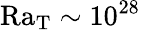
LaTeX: \mathrm{Ra_{T}}\sim 10^{28}